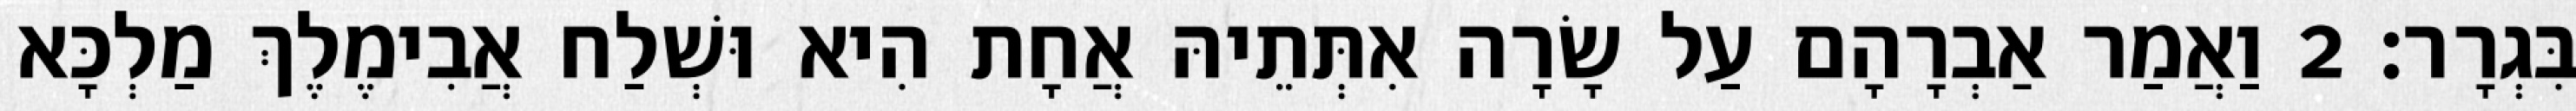
בִּגְרָר׃ 2 וַאֲמַר אַבְרָהָם עַל שָׂרָה אִתְּתֵיהּ אֲחָת הִיא וּשְׁלַח אֲבִימֶלֶךְ מַלְכָּא